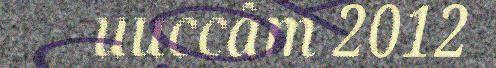
uuccâm 2012